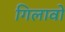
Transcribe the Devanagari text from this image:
गिलावों